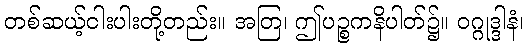
တစ်ဆယ့်ငါးပါးတို့တည်း။ အတြ၊ ဤပဉ္စကနိပါတ်၌။ ဝဂ္ဂုဒ္ဒါနံ၊